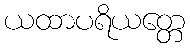
ယထာပရိယတ္တေ